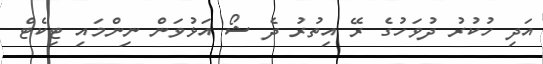
އަދި ހުކުރު ދުވަހުގެ ރޭ އިތުރު ދެ ޝޯ އަޅުވަން ނިންމައި ޓިކެޓް